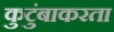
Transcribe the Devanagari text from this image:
कुटुंबाकरता